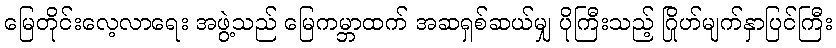
မြေတိုင်းလေ့လာရေး အဖွဲ့သည် မြေကမ္ဘာထက် အဆရှစ်ဆယ်မျှ ပိုကြီးသည့် ဂြိုဟ်မျက်နှာပြင်ကြီး